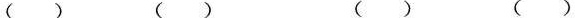
() () () ()